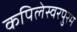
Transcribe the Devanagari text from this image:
कपिलेस्वरपुरम